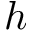
h